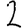
Digit: 2